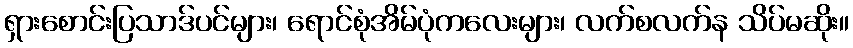
ရှားစောင်းပြသာဒ်ပင်များ၊ ရောင်စုံအိမ်ပုံကလေးများ၊ လက်စလက်န သိပ်မဆိုး။